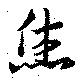
烋